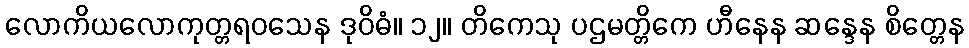
လောကိယလောကုတ္တရဝသေန ဒုဝိဓံ။ ၁၂။ တိကေသု ပဌမတ္တိကေ ဟီနေန ဆန္ဒေန စိတ္တေန